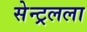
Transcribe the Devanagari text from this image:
सेन्ट्रलला